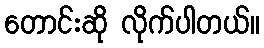
တောင်းဆို လိုက်ပါတယ်။